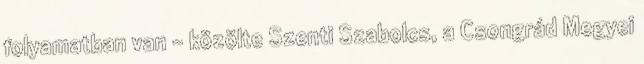
folyamatban van - közölte Szenti Szabolcs, a Csongrád Megyei